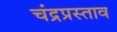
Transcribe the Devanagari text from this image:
चंद्रप्रस्ताव